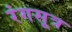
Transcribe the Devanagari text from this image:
रंगसूत्र